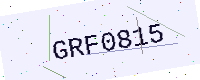
Text: GRF0815